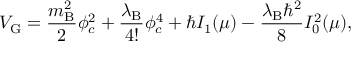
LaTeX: V _ { \mathrm { G } } = \frac { m _ { \mathrm { B } } ^ { 2 } } { 2 } \phi _ { c } ^ { 2 } + \frac { \lambda _ { \mathrm { B } } } { 4 ! } \phi _ { c } ^ { 4 } + \hbar I _ { 1 } ( \mu ) - \frac { \lambda _ { \mathrm { B } } \hbar ^ { 2 } } { 8 } I _ { 0 } ^ { 2 } ( \mu ) ,